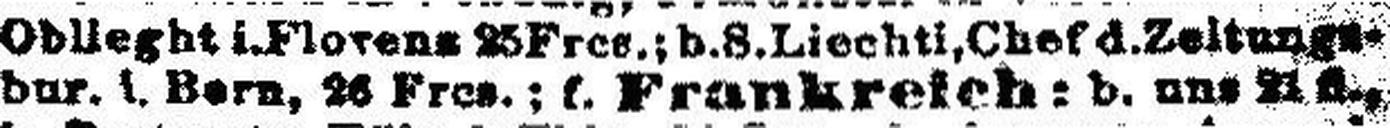
bur. i. Born, 26 Fres.; f. Frankreich: b. uns ###.,